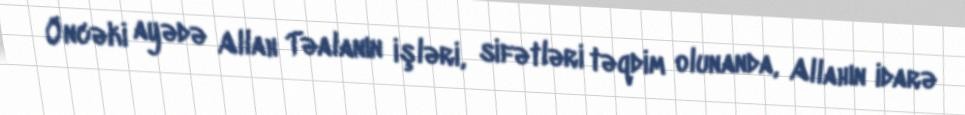
Öncəki ayədə Allah Təalanın işləri, sifətləri təqdim olunanda, Allahın idarə